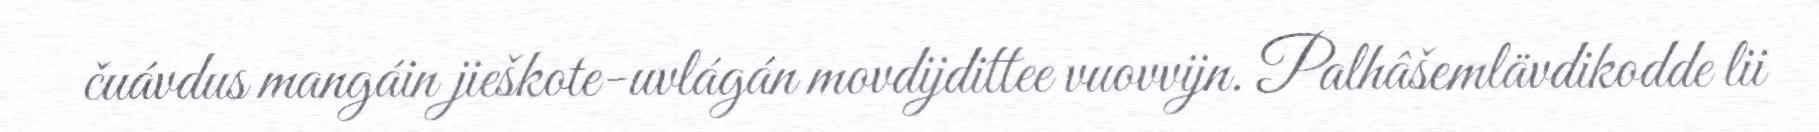
čuávdus mangáin jieškote-uvlágán movdijdittee vuovvijn. Palhâšemlävdikodde lii